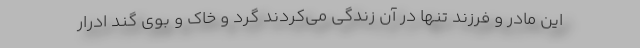
این مادر و فرزند تنها در آن زندگی می‌کردند گرد و خاک و بوی گند ادرار